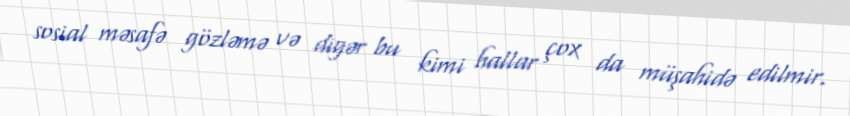
sosial məsafə gözləmə və digər bu kimi hallar çox da müşahidə edilmir.